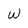
Character: w